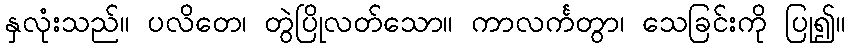
နှလုံးသည်။ ပလိတေ၊ တွဲပြိုလတ်သော။ ကာလင်္ကတွာ၊ သေခြင်းကို ပြု၍။